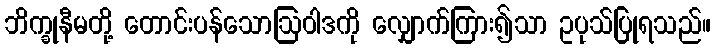
ဘိက္ခုနီမတို့ တောင်းပန်သောဩဝါဒကို လျှောက်ကြား၍သာ ဥပုသ်ပြုရသည်။